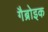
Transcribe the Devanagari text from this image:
गैब्रोइक